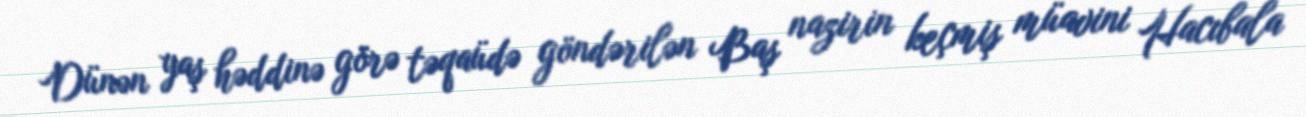
Dünən yaş həddinə görə təqaüdə göndərilən Baş nazirin keçmiş müavini Hacıbala